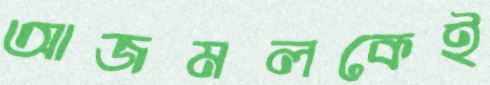
আজমলকেই